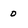
Character: 0